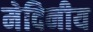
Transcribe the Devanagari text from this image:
मेदिनीय